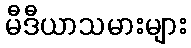
မီဒီယာသမားများ